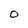
Character: 0